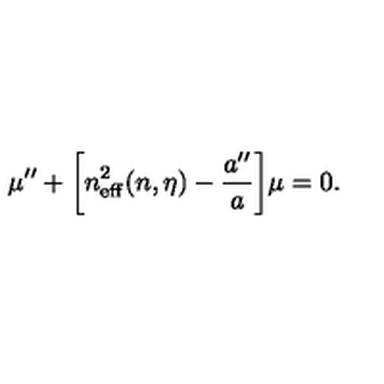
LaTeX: \mu ^ { \prime \prime } + \biggl [ n _ { \mathrm { e f f } } ^ { 2 } ( n , \eta ) - { \frac { a ^ { \prime \prime } } { a } } \biggr ] \mu = 0 .